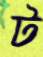
ট